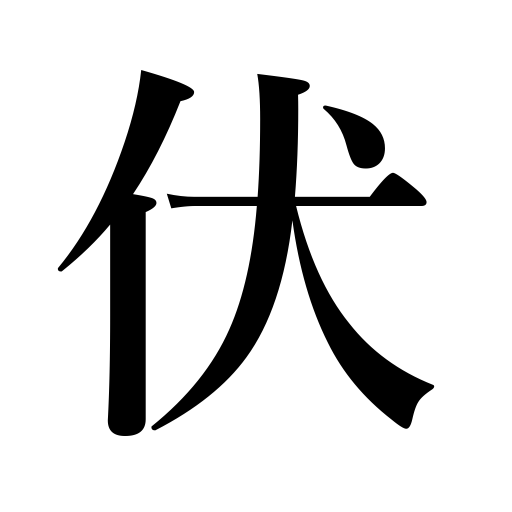
Meanings: hide,lay pipes,lay face down,lie prostrate,lay an ambush,cover,bend down,bow down,turn over